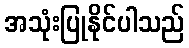
အသုံးပြုနိုင်ပါသည်